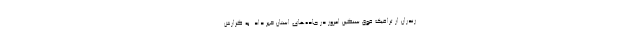
زندران از ترافیک فوق سنگین امروز در جاده‌های استان خبر داد. به گزارش